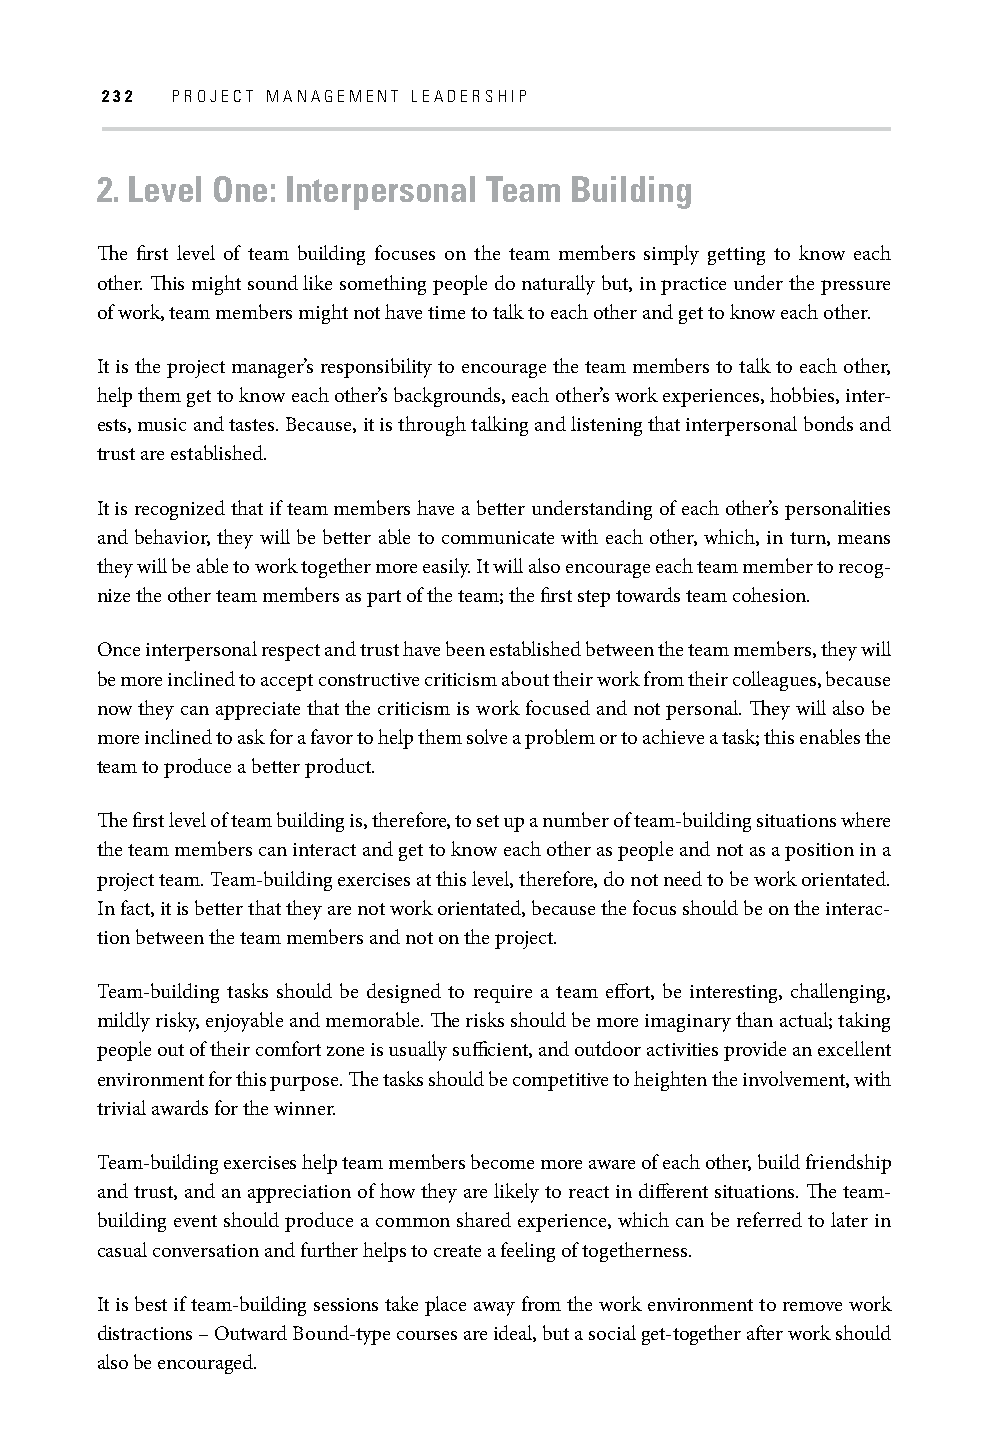
232 PROJECT MANAGEMENT LEADERSHIP
 2. Level One: Interpersonal Team Building
 Th e fi rst level of team building focuses on the team members simply getting to know each
 other. Th is might sound like something people do naturally but, in practice under the pressure
 of work, team members might not have time to talk to each other and get to know each other.
 It is the project manager’s responsibility to encourage the team members to talk to each other,
 help them get to know each other’s backgrounds, each other’s work experiences, hobbies, inter-
 ests, music and tastes. Because, it is through talking and listening that interpersonal bonds and
 trust are established.
 It is recognized that if team members have a better understanding of each other’s personalities
 and behavior, they will be better able to communicate with each other, which, in turn, means
 they will be able to work together more easily. It will also encourage each team member to recog-
 nize the other team members as part of the team; the fi rst step towards team cohesion.
 Once interpersonal respect and trust have been established between the team members, they will
 be more inclined to accept constructive criticism about their work from their colleagues, because
 now they can appreciate that the criticism is work focused and not personal. Th ey will also be
 more inclined to ask for a favor to help them solve a problem or to achieve a task; this enables the
 team to produce a better product.
 Th e fi rst level of team building is, therefore, to set up a number of team-building situations where
 the team members can interact and get to know each other as people and not as a position in a
 project team. Team-building exercises at this level, therefore, do not need to be work orientated.
 In fact, it is better that they are not work orientated, because the focus should be on the interac-
 tion between the team members and not on the project.
 Team-building tasks should be designed to require a team eff ort, be interesting, challenging,
 mildly risky, enjoyable and memorable. Th e risks should be more imaginary than actual; taking
 people out of their comfort zone is usually suffi cient, and outdoor activities provide an excellent
 environment for this purpose. Th e tasks should be competitive to heighten the involvement, with
 trivial awards for the winner.
 Team-building exercises help team members become more aware of each other, build friendship
 and trust, and an appreciation of how they are likely to react in diff erent situations. Th e team-
 building event should produce a common shared experience, which can be referred to later in
 casual conversation and further helps to create a feeling of togetherness.
 It is best if team-building sessions take place away from the work environment to remove work
 distractions – Outward Bound-type courses are ideal, but a social get-together aft er work should
 also be encouraged.